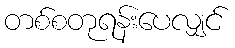
တစ်စတုရန်းပေလျှင်